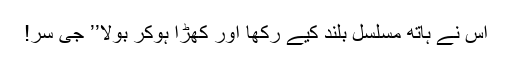
اُس نے ہاتھ مسلسل بلند کیے رکھا اور کھڑا ہوکر بولا’’ جی سر!